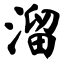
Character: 溜